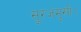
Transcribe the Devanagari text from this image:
सूरजमुखी।